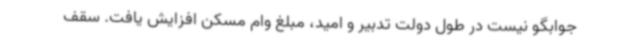
جوابگو نیست در طول دولت تدبیر و امید، مبلغ وام مسکن افزایش یافت. سقف